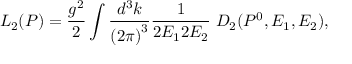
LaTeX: L _ { 2 } ( P ) = \frac { g ^ { 2 } } { 2 } \int \frac { d ^ { 3 } k } { \left( 2 \pi \right) ^ { 3 } } \frac 1 { 2 E _ { 1 } 2 E _ { 2 } } \; D _ { 2 } ( P ^ { 0 } , E _ { 1 } , E _ { 2 } ) ,